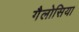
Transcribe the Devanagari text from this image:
गैलोसिया